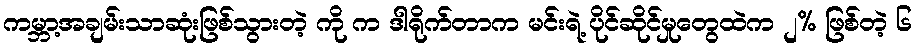
ကမ္ဘာ့အချမ်းသာဆုံးဖြစ်သွားတဲ့ ကို က ဒါရိုက်တာက မင်းရဲ့ ပိုင်ဆိုင်မှုတွေထဲက ၂% ဖြစ်တဲ့ ၆